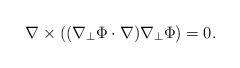
LaTeX: \begin{align*} \nabla \times ((\nabla_\bot \Phi \cdot\nabla)\nabla_\bot \Phi )=0.\end{align*}